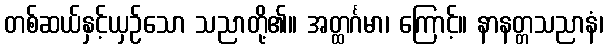
တစ်ဆယ်နှင့်ယှဉ်သော သညာတို့၏။ အတ္ထင်္ဂမာ၊ ကြောင့်။ နာနတ္တသညာနံ၊